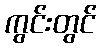
ကွင်းတွင်